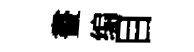
畫编目